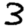
Digit: 3